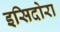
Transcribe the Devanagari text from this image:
इसिदोरा